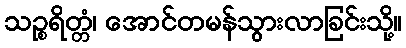
သဉ္စရိတ္တံ၊ အောင်တမန်သွားလာခြင်းသို့။